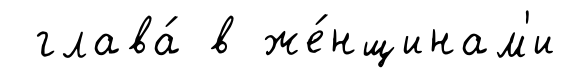
глава́ в же́нщинам'и